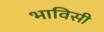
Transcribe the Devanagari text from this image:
भाविसी